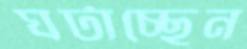
ঘটাচ্ছেন